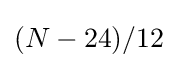
(N-24)/12